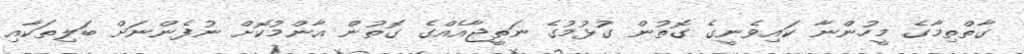
ގާތްތިމާގެ މީހުންނާ ކައިވެނީގެ ގޮތުން ގުޅުމުގެ ނަތީޖާއެއްގެ ގޮތުން އާންމުކޮށް ނުފެންނަށް ބަލިތަކާއި